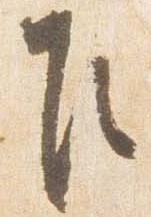
乍